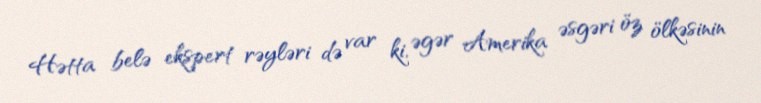
Hətta belə ekspert rəyləri də var ki, əgər Amerika əsgəri öz ölkəsinin